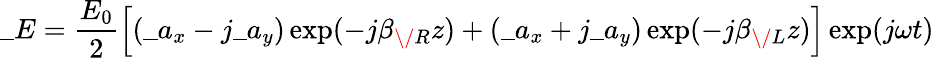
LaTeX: \_ E={\frac{E_{0}}{2}}\Big[(\_ a_{x}-j\_ a_{y})\exp(-j\beta_{\/ R}z)+(\_ a_{x}+j\_ a_{y})\exp(-j\beta_{\/ L}z)\Big]\exp(j\omega t)